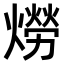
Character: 𤏪